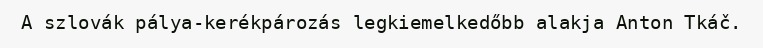
A szlovák pálya-kerékpározás legkiemelkedőbb alakja Anton Tkáč.